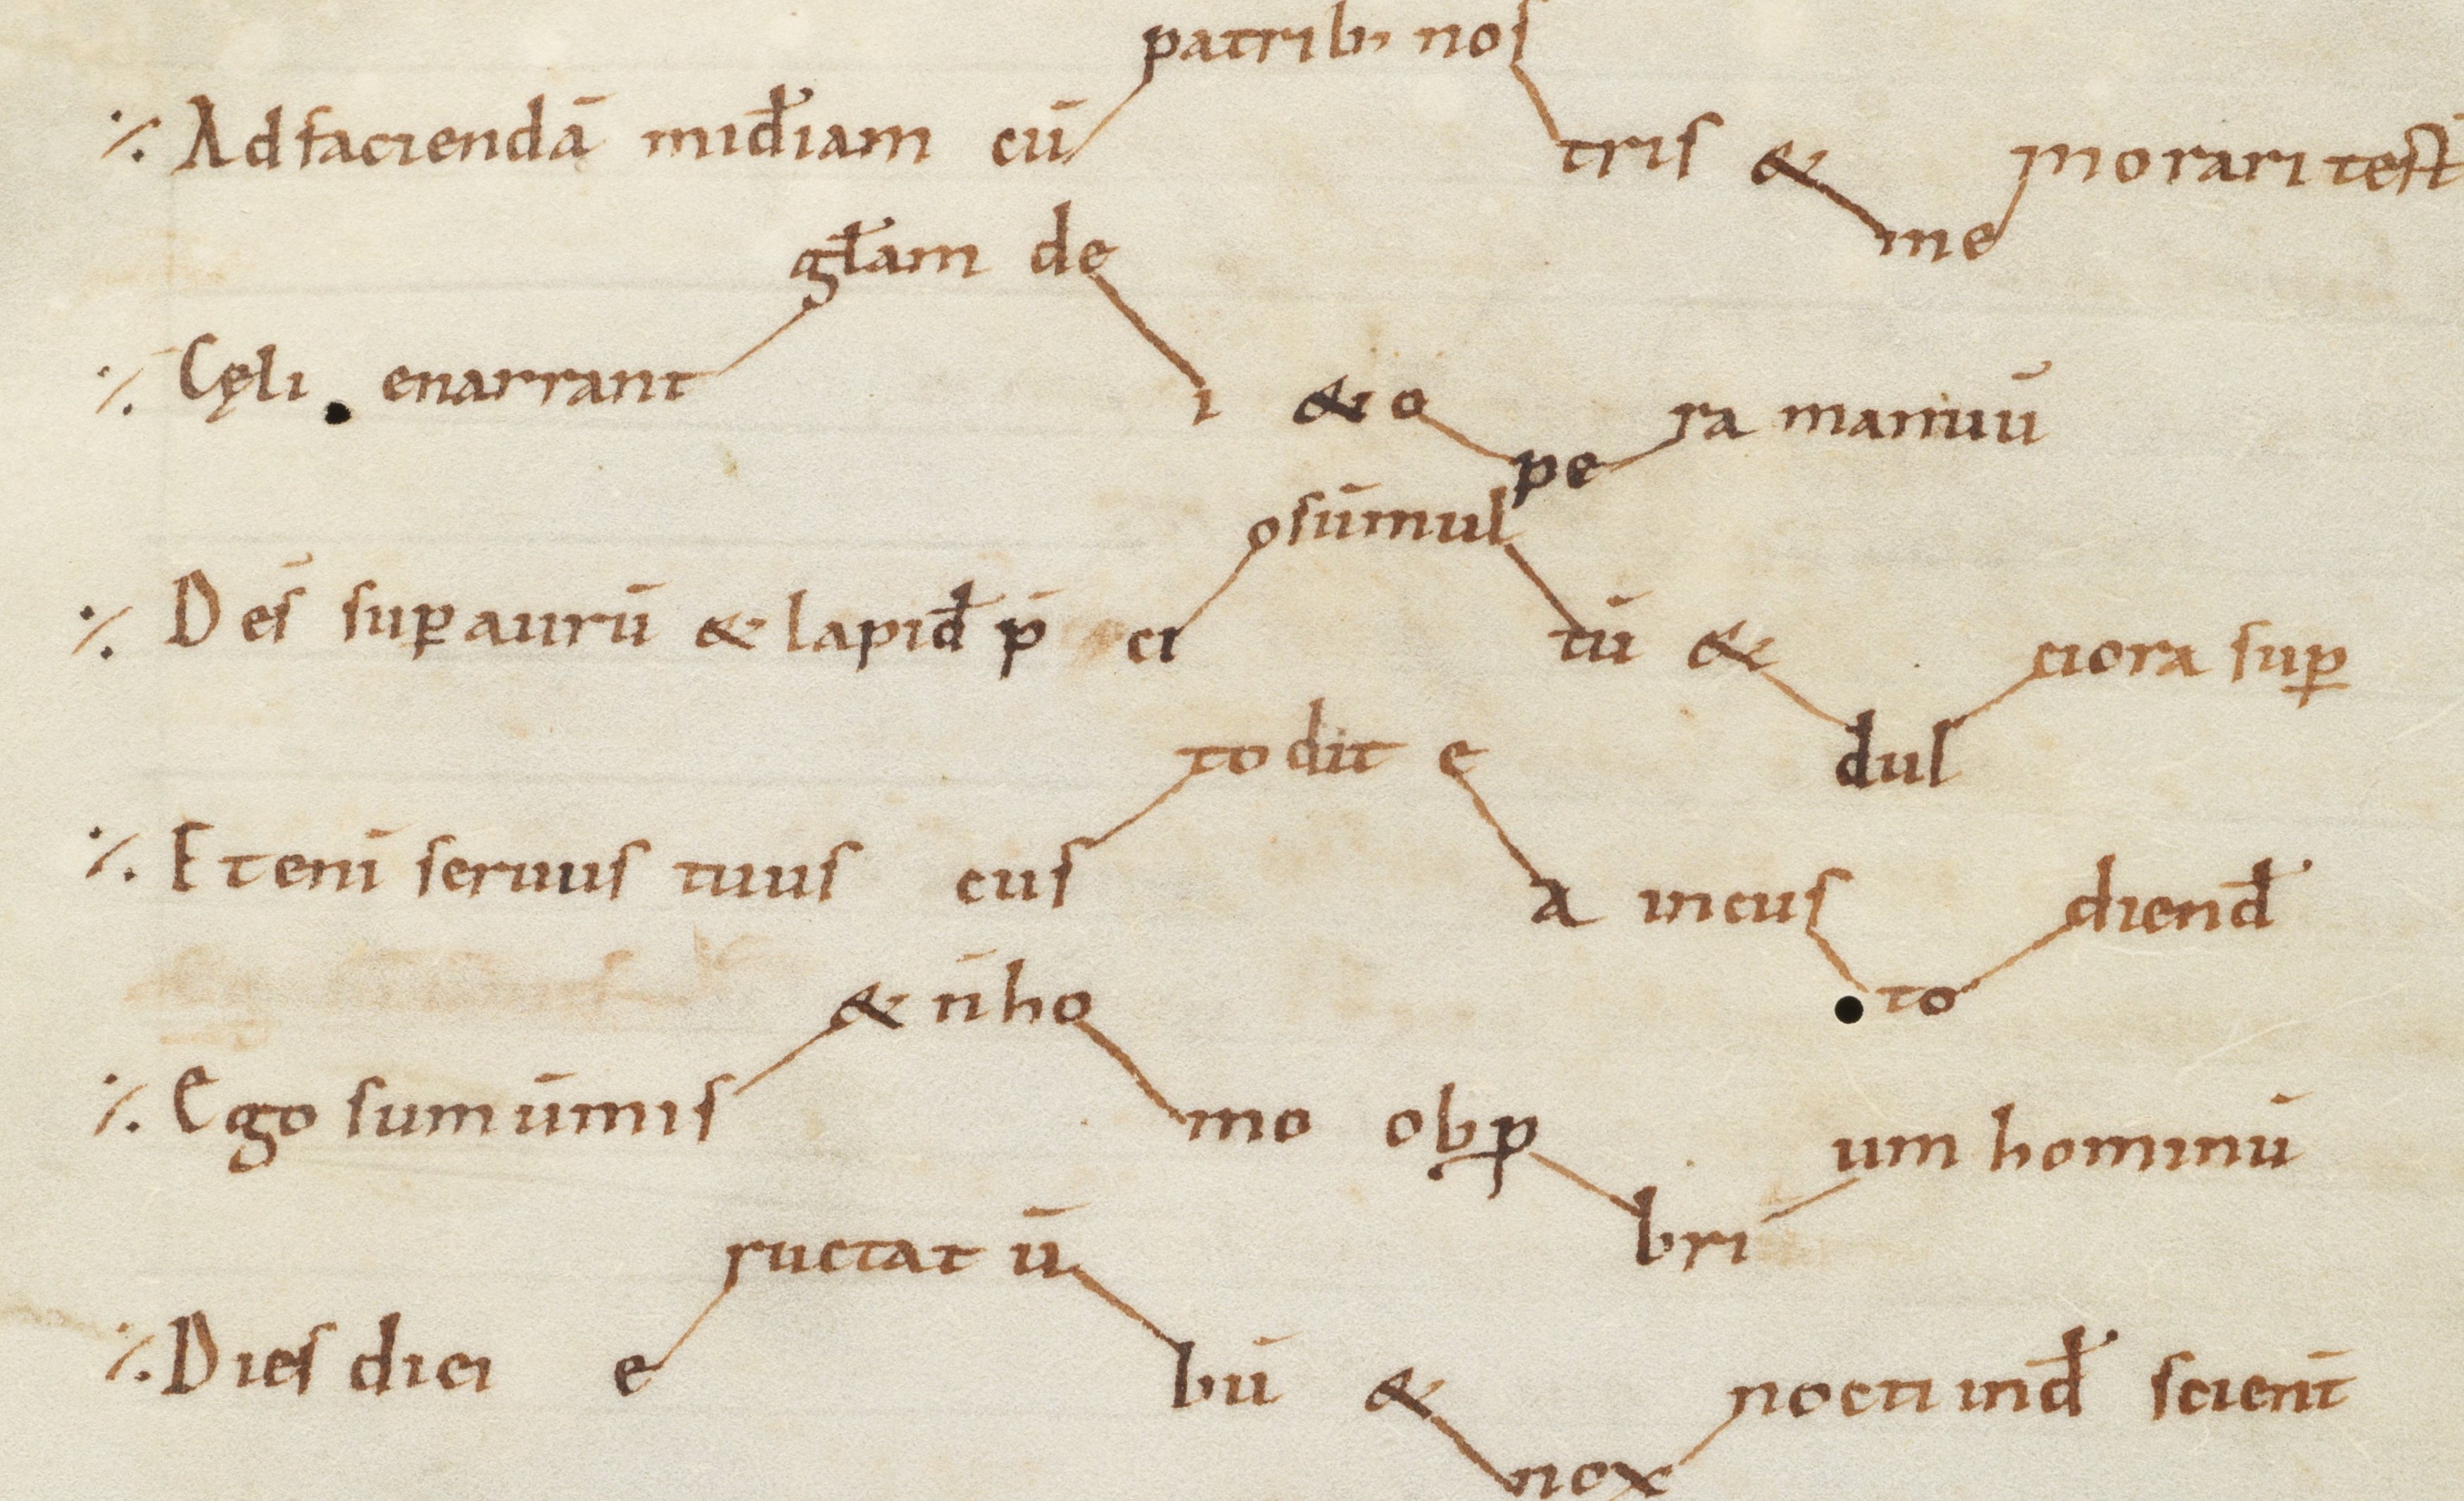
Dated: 975–999